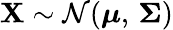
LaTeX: \mathbf{X}\sim{\mathcal{N}}({\boldsymbol{\mu}},\, {\boldsymbol{\Sigma}})